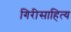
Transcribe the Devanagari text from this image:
गिरीसाहित्य